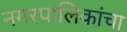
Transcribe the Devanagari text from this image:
नगरपालिकांचा